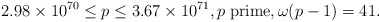
\begin{align*} 2.98\times 10^{70}\leq p \leq 3.67\times 10^{71}, p \; \textrm{prime}, \omega(p-1) = 41.\end{align*}